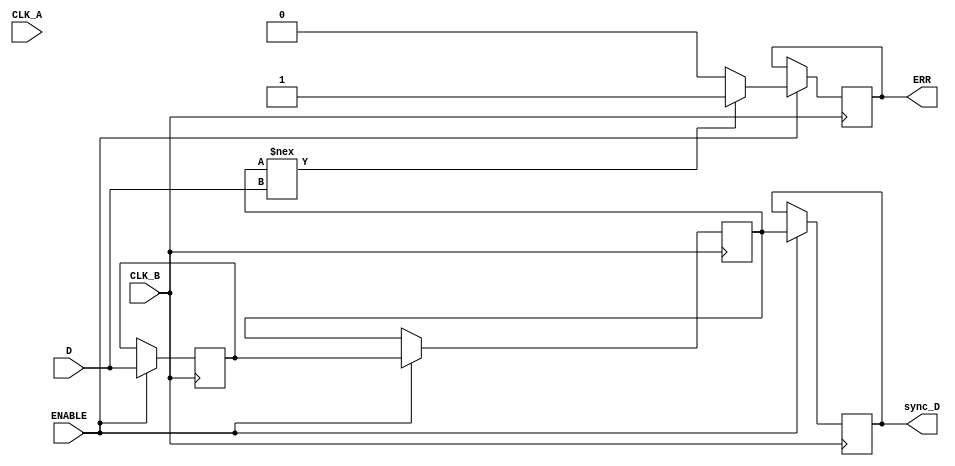
module cdc_detector #(
    parameter WIDTH = 1 // Width of the data signal
)(
    input wire [WIDTH-1:0] D,          // Data signal crossing from CLK_A domain
    input wire CLK_A,                   // Source clock
    input wire CLK_B,                   // Destination clock
    input wire ENABLE,                  // Optional enable signal for the detector
    output reg [WIDTH-1:0] sync_D,     // Synchronized output in CLK_B domain
    output reg ERR                      // Error signal indicating CDC issue
);

    // Synchronization registers
    reg [WIDTH-1:0] sync_reg1;
    reg [WIDTH-1:0] sync_reg2;

    always @(posedge CLK_B) begin
        if (ENABLE) begin
            // First stage of synchronization
            sync_reg1 <= D; 
            // Second stage of synchronization
            sync_reg2 <= sync_reg1; 
            // Output the synchronized data
            sync_D <= sync_reg2;

            // Error detection logic
            if (sync_reg2 !== D) begin
                ERR <= 1'b1; // Error condition flagged
            end else begin
                ERR <= 1'b0; // No error
            end
        end
    end

endmodule